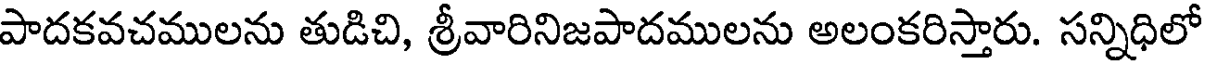
పాదకవచములను తుడిచి, శ్రీవారినిజపాదములను అలంకరిస్తారు. సన్నిధిలో